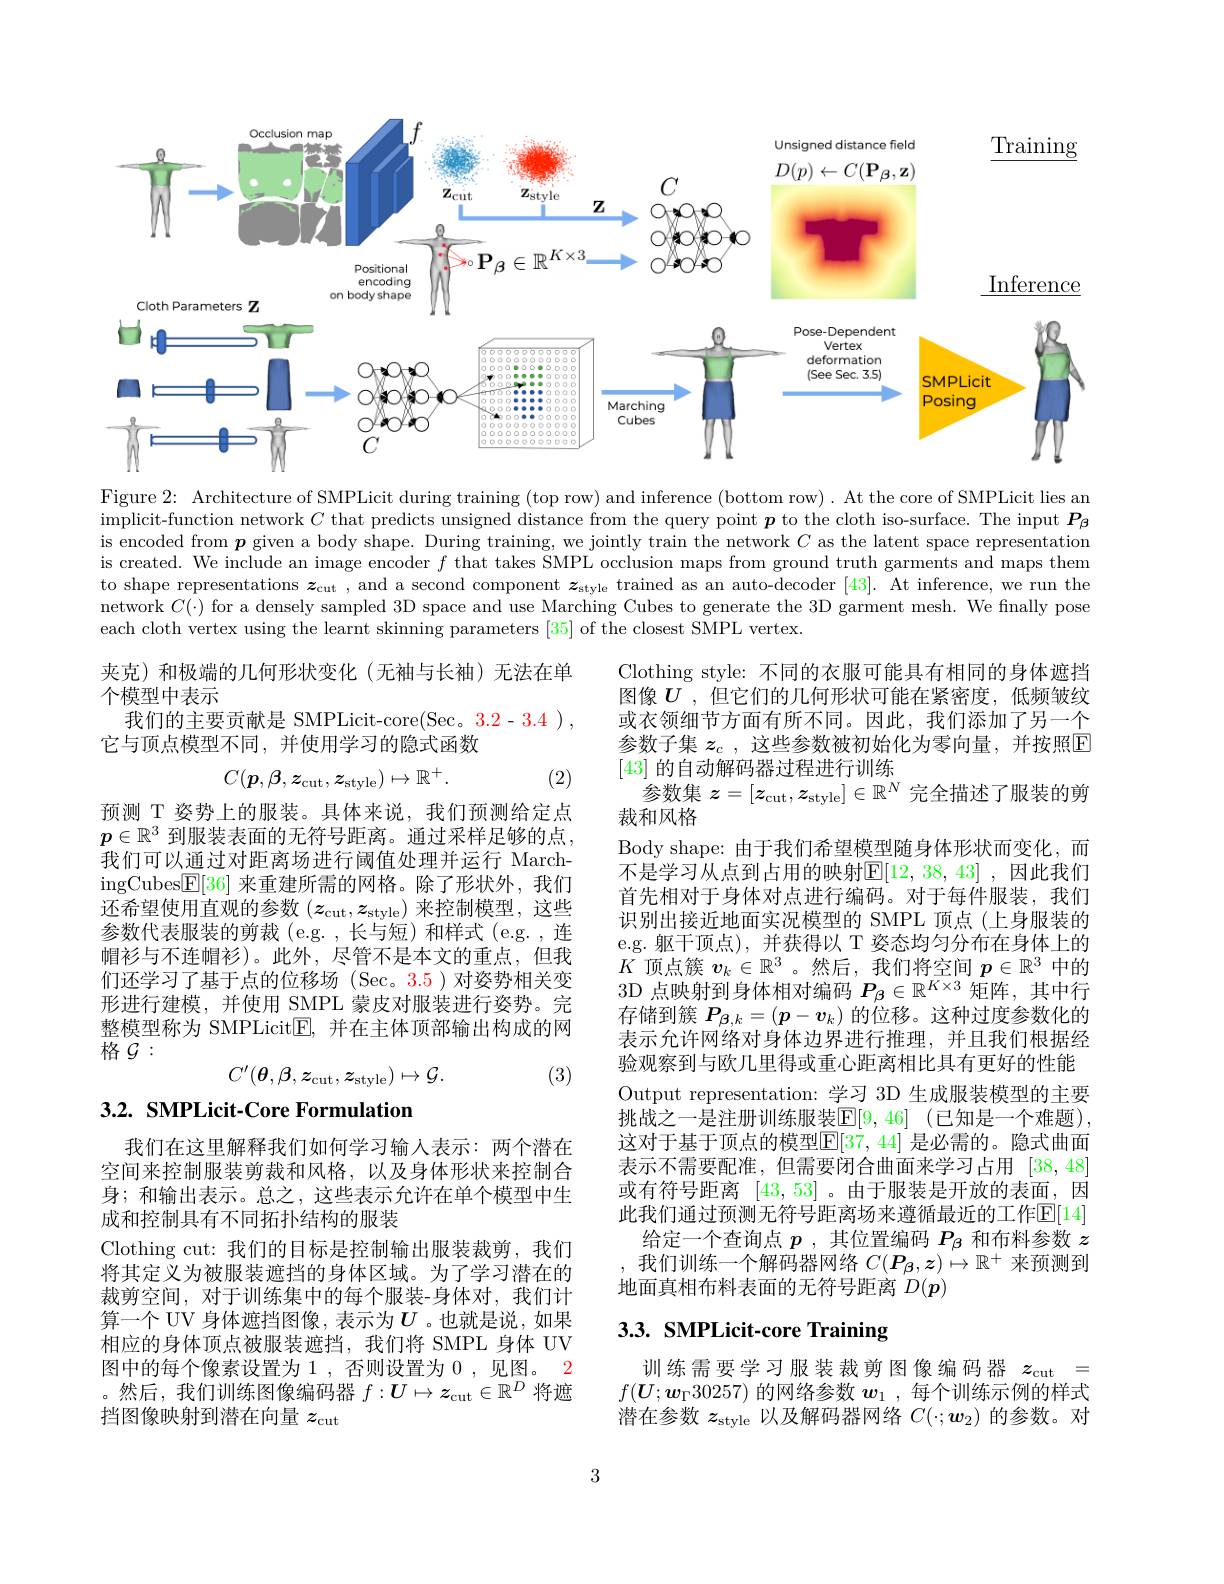
<FigureHere>

Figure 2: Architecture of SMPLicit during training (top row) and inference (bottom row) . At the core of SMPLicit lies an implicit- function network $C$ that predicts unsigned distance from the query point $\boldsymbol{p}$ to the cloth iso-surface. The input $\boldsymbol{P}_\beta$ is encoded from $\boldsymbol{p}$ given a body shape. During training, we jointly train the network $C$ as the latent space representation is created. We include an image encoder $f$ that takes SMPL occlusion maps from ground truth garments and maps them to shape representations $\boldsymbol{z}_\mathrm{cut}$ , and a second component $\boldsymbol{z}_\mathrm{style}$ trained as an auto-decoder [43]. At inference, we run the network $C(\cdot)$ for a densely sampled 3D space and use Marching Cubes to generate the 3D garment mesh. We finally pose each cloth vertex using the learnt skinning parameters [35] of the closest SMPL vertex.

夹克)和极端的几何形状变化(无袖与长袖)无法在单
个模型中表示
我们的主要贡献是 SMPLicit-core(Sec。3.2-3.4),

它与顶点模型不同，并使用学习的隐式函数
$$C(\boldsymbol{p},\boldsymbol{\beta},\boldsymbol{z}_\mathrm{cut},\boldsymbol{z}_\mathrm{style})\mapsto\mathbb{R}^+.$$
(2)

预测 T 姿势上的服装。具体来说，我们预测给定点$p\in\mathbb{R}^3$到服装表面的无符号距离。通过采样足够的点， 我们可以通过对距离场进行阈值处理并运行 MarchingCubes$\boxed{\mathrm{F}}[36]$来重建所需的网格。除了形状外，我们还希望使用直观的参数$(z_\mathrm{cut},z_\mathrm{style})$来控制模型，这些参数代表服装的剪裁(e.g.,长与短)和样式(e.g.,连帽衫与不连帽衫)。此外，尽管不是本文的重点，但我们还学习了基于点的位移场 (Sec。3.5)对姿势相关变形进行建模，并使用 SMPL 蒙皮对服装进行姿势。完整模型称为 SMPLicit$\underline{\mathrm{E}}$,并在主体顶部输出构成的网格$\mathcal{G}:$

Clothing style: 不同的衣服可能具有相同的身体遮挡图像$U$ ,但它们的几何形状可能在紧密度，低频皱纹或衣领细节方面有所不同。因此，我们添加了另一个参数子集 $z_c$ ,这些参数被初始化为零向量，并按照$\overline{\mathbb{E}}$ [43]的自动解码器过程进行训练
参数集$z=[z_\mathrm{cut},z_\mathrm{style}]\in\mathbb{R}^N$完全描述了服装的剪
裁和风格
Body shape: 由于我们希望模型随身体形状而变化，而不是学习从点到占用的映射$\mathbb{E}[12,38,43]$ ,因此我们首先相对于身体对点进行编码。对于每件服装，我们识别出接近地面实况模型的 SMPL 顶点(上身服装的e.g. 躯干顶点),并获得以 T 姿态均匀分布在身体上的$K$顶点簇$v_k\in\mathbb{R}^3$ 。然后，我们将空间$p\in\mathbb{R}^3$中的3D 点映射到身体相对编码$P_\beta\in\mathbb{R}^{K\times3}$矩阵，其中行存储到簇$P_{\beta,k}=(\boldsymbol{p}-\boldsymbol{v}_k)$的位移。这种过度参数化的表示允许网络对身体边界进行推理，并且我们根据经验观察到与欧几里得或重心距离相比具有更好的性能Output representation: 学习 3D 生成服装模型的主要挑战之一是注册训练服装$\mathbb{E} [ 9, 46]$ (已知是一个难题), 这对于基于顶点的模型$\mathbb{E}[37,44]$ 是必需的。隐式曲面表示不需要配准，但需要闭合曲面来学习占用[38,48] 或有符号距离[43,53] 。由于服装是开放的表面，因此我们通过预测无符号距离场来遵循最近的工作$\mathbb{E}[14]$
给定一个查询点$p$ ,其位置编码$P_\mathrm{\beta}$和布料参数$z$ 我们训练一个解码器网络$C(\boldsymbol{P}_\beta,\boldsymbol{z})\mapsto\mathbb{R}^+$来预测到地面真相布料表面的无符号距离$D(\boldsymbol{p})$

(3)
$$C^{\prime}(\boldsymbol{\theta},\beta,\boldsymbol{z}_{\mathrm{cut}},\boldsymbol{z}_{\mathrm{style}})\mapsto\mathcal{G}.$$
# 3.2. SMPLicit-Core Formulation

我们在这里解释我们如何学习输入表示：两个潜在空间来控制服装剪裁和风格，以及身体形状来控制合身；和输出表示。总之，这些表示允许在单个模型中生成和控制具有不同拓扑结构的服装
Clothing cut: 我们的目标是控制输出服装裁剪，我们将其定义为被服装遮挡的身体区域。为了学习潜在的裁剪空间，对于训练集中的每个服装-身体对，我们计算一个 UV 身体遮挡图像，表示为$U$ 。也就是说，如果相应的身体顶点被服装遮挡，我们将 SMPL 身体 UV 图中的每个像素设置为1，否则设置为 0,见图。2 。然后，我们训练图像编码器$f:\boldsymbol{U}\mapsto\boldsymbol{z}_\mathrm{cut}\in\mathbb{R}^D$将遮挡图像映射到潜在向量$z_\mathrm{cut}$

# 3.3. SMPLicit-core Training

训练需要学习服装裁剪图像编码器$z_\mathrm{cut}=$ $f(\boldsymbol{U};\boldsymbol{w}_\Gamma30257)$的网络参数$\boldsymbol w_1$,每个训练示例的样式潜在参数$z_\mathrm{style}$以及解码器网络$C(\cdot;\boldsymbol{w}_2)$的参数。对

3